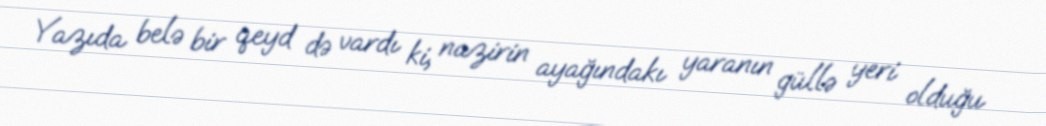
Yazıda belə bir qeyd də vardı ki, nazirin ayağındakı yaranın güllə yeri olduğu